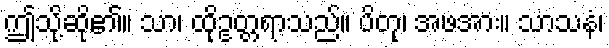
ဤသို့ဆို၏။ သာ၊ ထိုဥတ္တရာသည်။ ပိတု၊ အဖအား။ သာသနံ၊